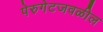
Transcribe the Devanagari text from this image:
पेरुगेटजवळील